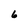
Character: 6